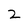
Character: 2